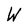
Character: W